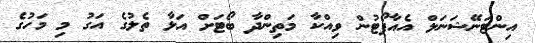
އިންޓަނޭޝަނަލް އެއާޕޯޓުން ވިއްކާ މަތިންދާ ބޯޓަށް އަޅާ ތެލުގެ އަގު މި މަހުގެ